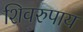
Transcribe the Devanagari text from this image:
शिवरुपाय